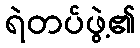
ရဲတပ်ဖွဲ့၏